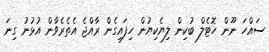
ސައްހަ ނޫން ހޮޓެލް ބުކިން ލިޔެކިޔުން ހިފައިގެން ރާއްޖެ އެތެރެވާން އުޅުނު ގިނަ